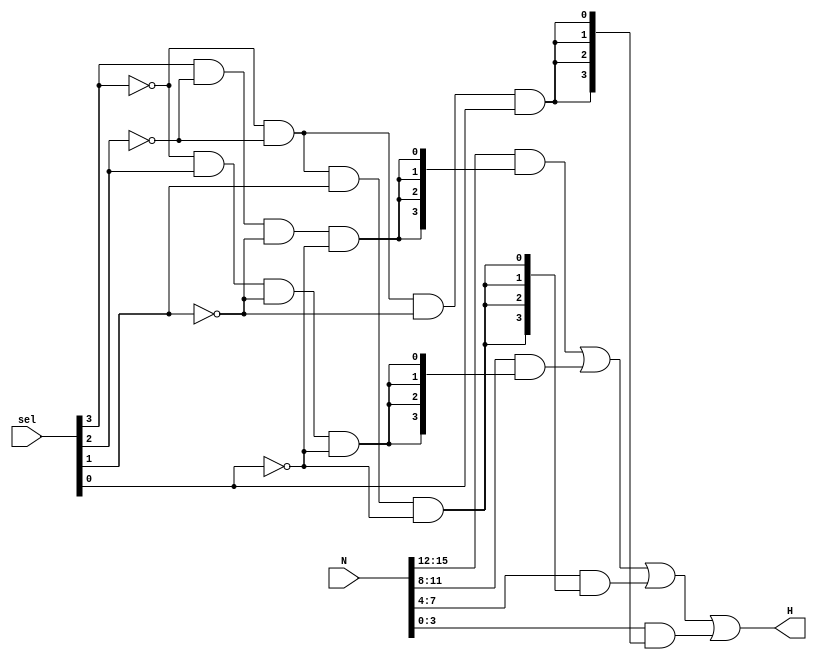
`timescale 1ns / 1ps
//////////////////////////////////////////////////////////////////////////////////

//////////////////////////////////////////////////////////////////////////////////


module Selector(
input [3:0] sel,
input [15:0] N,
output [3:0] H
    );
wire t0,t1,t2,t3;
assign t3={sel[3]&~sel[2]&~sel[1]&~sel[0]};
assign t2={~sel[3]&sel[2]&~sel[1]&~sel[0]};
assign t1={~sel[3]&~sel[2]&sel[1]&~sel[0]};
assign t0={~sel[3]&~sel[2]&~sel[1]&sel[0]};
assign H={(N[15:12]&{4{t3}})|(N[11:8]&{4{t2}})|(N[7:4]&{4{t1}})|(N[3:0]&{4{t0}})};
endmodule